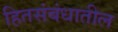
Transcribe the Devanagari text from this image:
हितसंबंधातील